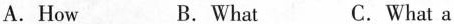
A.How B.What C.What a